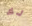
لك